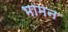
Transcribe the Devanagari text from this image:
भामन